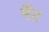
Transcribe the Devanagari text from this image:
मैंत